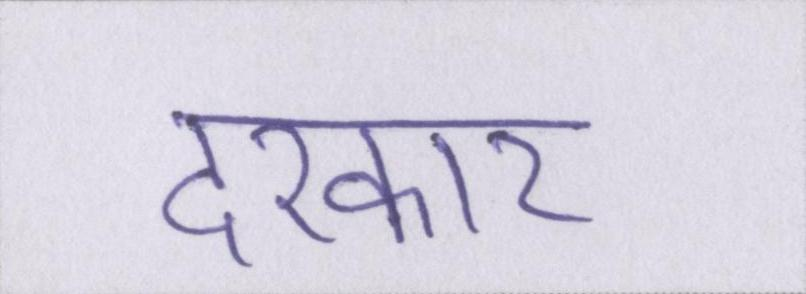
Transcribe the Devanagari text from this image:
दरकार